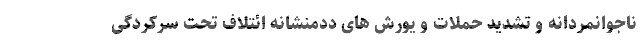
ناجوانمردانه و تشدید حملات و یورش های ددمنشانه ائتلاف تحت سرکردگی